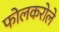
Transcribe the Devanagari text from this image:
फोलकरोले